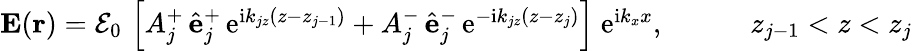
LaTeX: \begin{array}{r}{{\mathbf E}({\mathbf r})=\mathcal{E}_{0}\, \left[A_{j}^{+}\, \hat{\mathbf e}_{j}^{+}\, \mathrm{e}^{\mathrm{i}k_{jz}(z-z_{j-1})}+A_{j}^{-}\, \hat{\mathbf e}_{j}^{-}\, \mathrm{e}^{-\mathrm{i}k_{jz}(z-z_{j})}\right]\; \mathrm{e}^{\mathrm{i}k_{x}x},\quad\quad\quad z_{j-1}<z<z_{j}}\end{array}